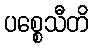
ပစ္စေသီတိ